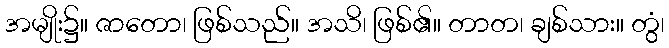
အမျိုး၌။ ဇာတော၊ ဖြစ်သည်။ အသိ၊ ဖြစ်၏။ တာတ၊ ချစ်သား။ တွံ၊